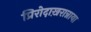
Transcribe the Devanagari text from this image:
प्रिरोदाख़रान्नाया